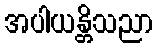
အပါယန္တိသညာ